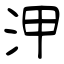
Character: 㳌